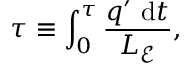
\tau \equiv \int _ { 0 } ^ { \tau } \frac { q ^ { \prime } \mathrm { ~ d } t } { L _ { \mathcal { E } } } ,